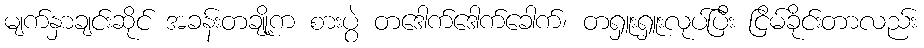
မျက်နှာချင်းဆိုင် အခန်းတချို့က စားပွဲ တဒေါက်ဒေါက်ခေါက်၊ တရှူးရှူးလုပ်ပြီး ငြိမ်ခိုင်းတာလည်း